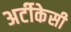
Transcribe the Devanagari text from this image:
अर्टीकेसी